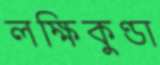
লক্ষিকুণ্ডা